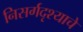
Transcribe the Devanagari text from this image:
निसर्गदृश्याचे